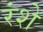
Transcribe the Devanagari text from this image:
रंशे